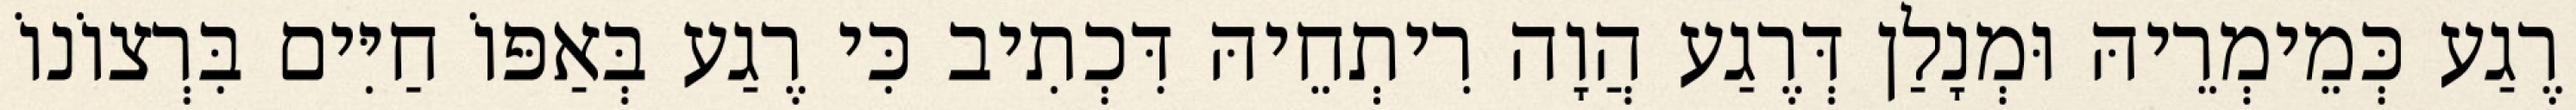
רֶגַע כְּמֵימְרֵיהּ וּמְנָלַן דְּרֶגַע הֲוָה רִיתְחֵיהּ דִּכְתִיב כִּי רֶגַע בְּאַפּוֹ חַיִּים בִּרְצוֹנוֹ